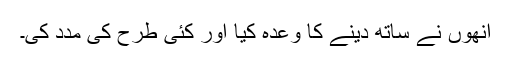
انھوں نے ساتھ دینے کا وعدہ کیا اور کئی طرح کی مدد کی۔